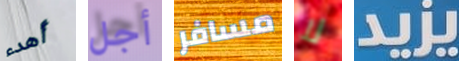
أهدء أجل مسافر لا يزيد